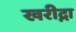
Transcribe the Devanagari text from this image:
खरीद्ना